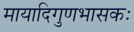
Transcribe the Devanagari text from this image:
मायादिगुणभासकः